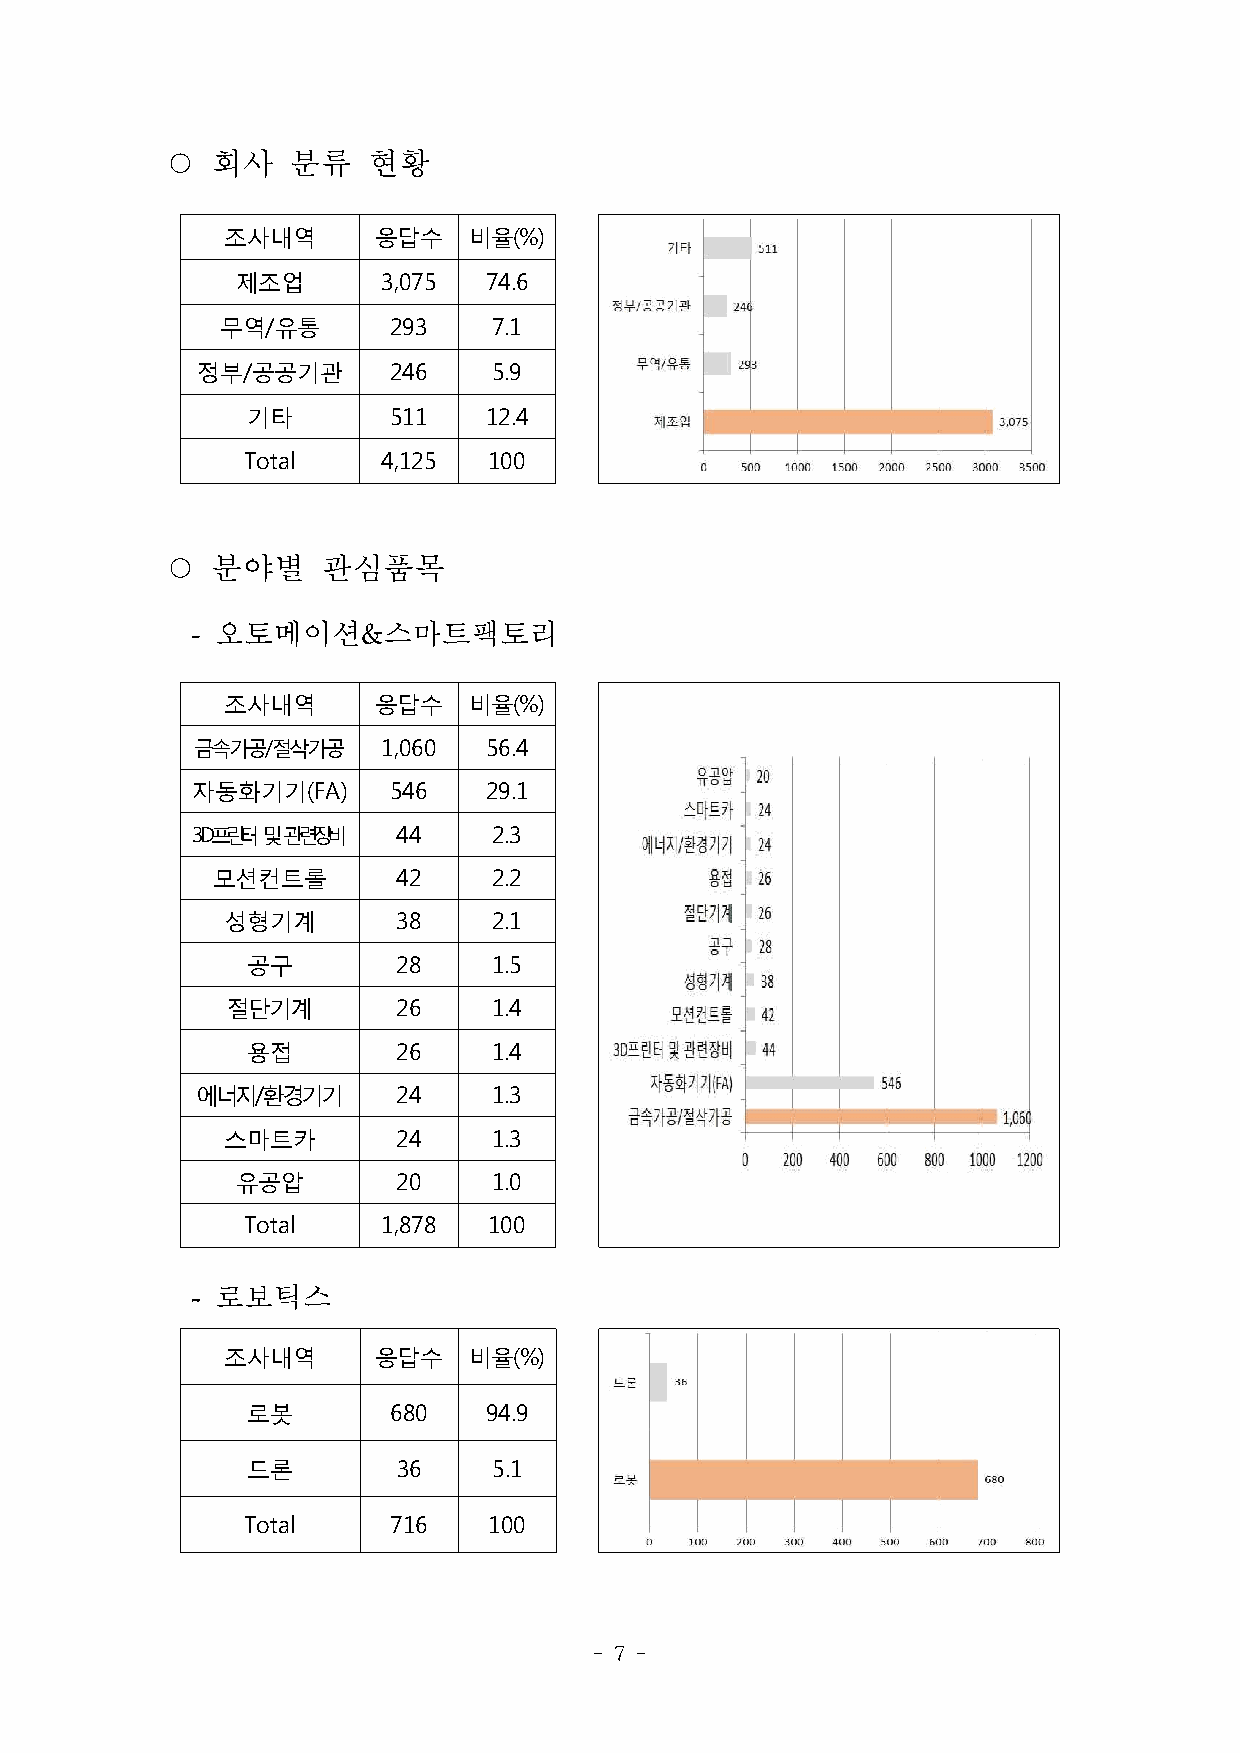
○  회사   분류   현황
 조사내역      응답수   비율(%)
 제조업      3,075  74.6
 무역/유통      293    7.1
 정부/공공기관      246    5.9
 기타        511   12.4
 Total    4,125  100
 ○  분야별    관심품목
 - 오토메이션&스마트팩토리
 조사내역      응답수   비율(%)
 금속가공/절삭가공   1,060  56.4
 자동화기기(FA)    546   29.1
 3D프린터 및 관련장비 44     2.3
 모션컨트롤       42     2.2
 성형기계       38     2.1
 공구        28     1.5
 절단기계       26     1.4
 용접        26     1.4
 에너지/환경기기     24     1.3
 스마트카       24     1.3
 유공압       20     1.0
 Total    1,878  100
 - 로보틱스
 조사내역      응답수   비율(%)
 로봇        680   94.9
 드론        36     5.1
 Total     716   100
 - 7 -